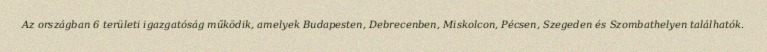
Az országban 6 területi igazgatóság működik, amelyek Budapesten, Debrecenben, Miskolcon, Pécsen, Szegeden és Szombathelyen találhatók.